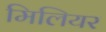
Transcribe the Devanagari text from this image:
मिलियर